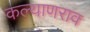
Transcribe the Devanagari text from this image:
कल्याणराव